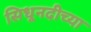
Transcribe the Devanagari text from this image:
सिधूनदीच्या